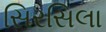
સિરસિલા